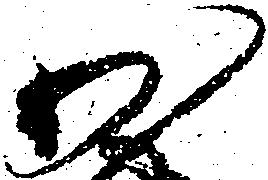
少